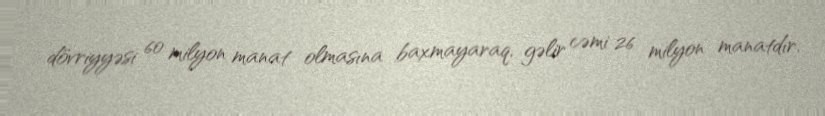
dövriyyəsi 60 milyon manat olmasına baxmayaraq, gəlir cəmi 26 milyon manatdır.